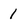
Character: 1